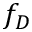
f _ { D }